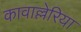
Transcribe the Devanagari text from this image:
कावाल्लेरिया